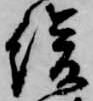
緩